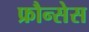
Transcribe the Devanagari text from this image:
फ्रौन्सेस